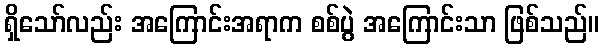
ရှိသော်လည်း အကြောင်းအရာက စစ်ပွဲ အကြောင်းသာ ဖြစ်သည်။